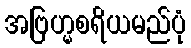
အဗြဟ္မစရိယမည်ပုံ